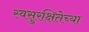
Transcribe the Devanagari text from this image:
स्वसुरक्षितेच्या